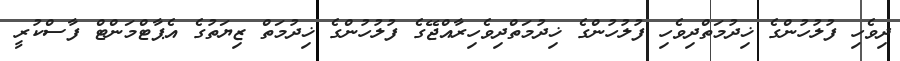
ދިވެހި ފުލުހުންގެ ޚިދުމަތްދިވެހި ފުލުހުންގެ ޚިދުމަތްދިވެހިރާއްޖޭގެ ފުލުހުންގެ ޚިދުމަތް ޒިޔަތުގެ އެޕާޓްމަންޓް ފާސްކުރީ